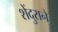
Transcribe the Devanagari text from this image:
शेंदुराने